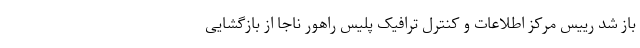
باز شد رییس مرکز اطلاعات و کنترل ترافیک پلیس راهور ناجا از بازگشایی